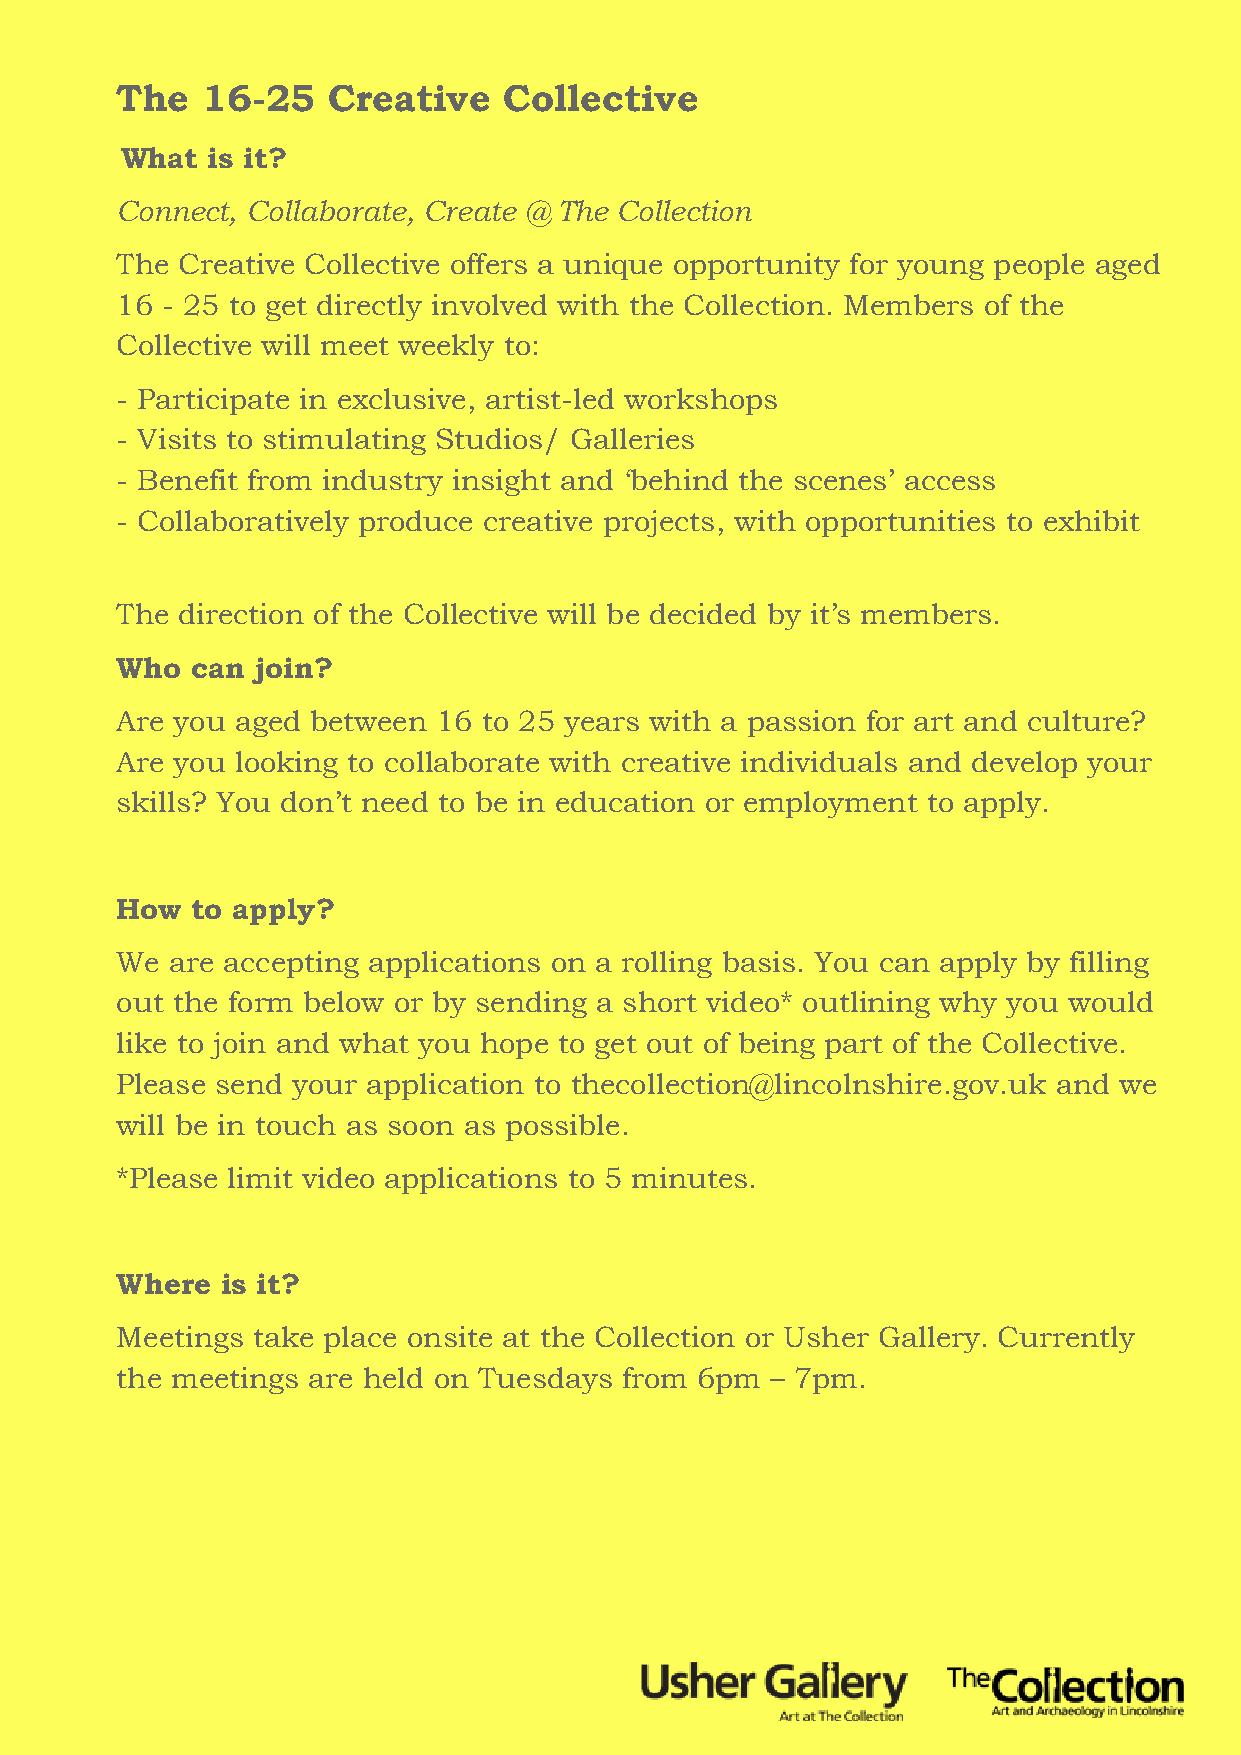
Th e 16-25    Creative   Collective
 What  is it?
 Connect, Collaborate, Create @ The Collection
 The Creative Collective offers a unique opportunity for young people aged
 16 - 25 to get directly involved with the Collection. Members of the
 Collective will meet weekly to:
 - Participate in exclusive, artist-led workshops
 - Visits to stimulating Studios/ Galleries
 - Benefit from industry insight and ‘behind the scenes’ access
 - Collaboratively produce creative projects, with opportunities to exhibit
 The direction of the Collective will be decided by it’s members.
 Who  can join?
 Are you aged between 16 to 25 years with a passion for art and culture?
 Are you looking to collaborate with creative individuals and develop your
 skills? You don’t need to be in education or employment to apply.
 How  to apply?
 We are accepting applications on a rolling basis. You can apply by filling
 out the form below or by sending a short video* outlining why you would
 like to join and what you hope to get out of being part of the Collective.
 Please send your application to thecollection@lincolnshire.gov.uk and we
 will be in touch as soon as possible.
 *Please limit video applications to 5 minutes.
 Where  is it?
 Meetings take place onsite at the Collection or Usher Gallery. Currently
 the meetings are held on Tuesdays from 6pm – 7pm.